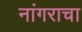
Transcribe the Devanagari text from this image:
नांगराचा